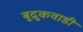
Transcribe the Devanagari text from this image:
बुद्रुकवाडी